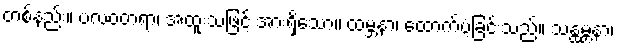
တစ်နည်း။ ဗလဝတရာ၊ အထူးသဖြင့် အားရှိသော။ ထမ္ဘနာ၊ ထောက်ပံ့ခြင်းသည်။ သန္ထမ္ဘနာ၊